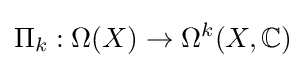
\Pi _{k}:\Omega (X)\to \Omega ^{k}(X,\mathbb {C} )